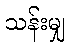
သန်းမျှ